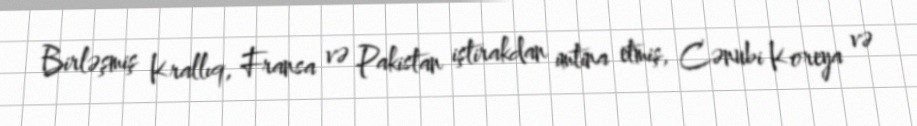
Birləşmiş Krallıq, Fransa və Pakistan iştirakdan imtina etmiş, Cənubi Koreya və